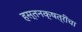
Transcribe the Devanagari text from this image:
हस्तनक्षत्रींचा